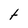
Character: t